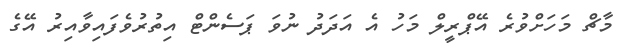
މާޗް މަހަށްވުރެ އޭޕްރީލް މަހު އެ އަދަދު ނުވަ ޕަސެންޓް އިތުރުވެފައިވާއިރު އޭގެ